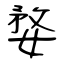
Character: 婺